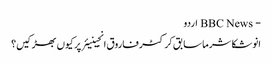
- BBC News اردو
انوشکا شرما سابق کرکٹر فاروق انجینیئر پر کیوں بھڑکیں؟